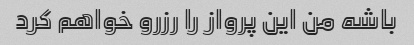
باشه من این پرواز را رزرو خواهم کرد